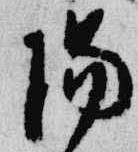
陽